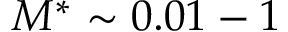
M ^ { * } \sim 0 . 0 1 - 1